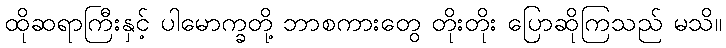
ထိုဆရာကြီးနှင့် ပါမောက္ခတို့ ဘာစကားတွေ တိုးတိုး ပြောဆိုကြသည် မသိ။